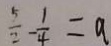
\frac { 5 } { 2 } - \frac { 1 } { 4 } = a